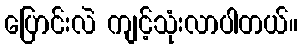
ပြောင်းလဲ ကျင့်သုံးလာပါတယ်။